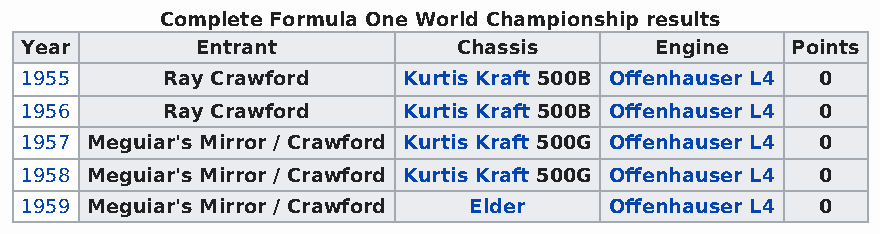
Complete Formula One World Championship results
 Year        Entrant          Chassis      Engine   Points
 1955      Ray Crawford    Kurtis Kraft 500B Offenhauser L4 0
 1956      Ray Crawford    Kurtis Kraft 500B Offenhauser L4 0
 1957 Meguiar's Mirror / Crawford Kurtis Kraft 500G Offenhauser L4 0
 1958 Meguiar's Mirror / Crawford Kurtis Kraft 500G Offenhauser L4 0
 1959 Meguiar's Mirror / Crawford Elder Offenhauser L4 0